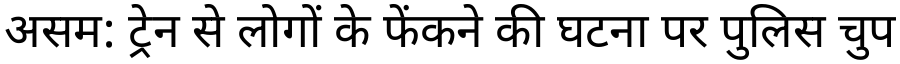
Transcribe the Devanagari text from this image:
असम: ट्रेन से लोगों के फेंकने की घटना पर पुलिस चुप